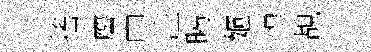
搖譍申注暍姬惶覘